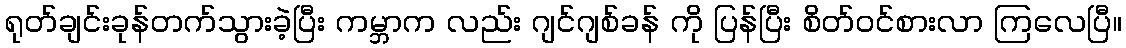
ရုတ်ချင်းခုန်တက်သွားခဲ့ပြီး ကမ္ဘာက လည်း ဂျင်ဂျစ်ခန် ကို ပြန်ပြီး စိတ်ဝင်စားလာ ကြလေပြီ။